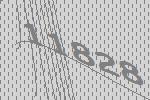
11828